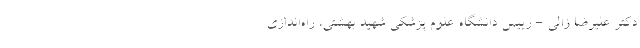
دکتر علیرضا زالی - رییس دانشگاه علوم پزشکی شهید بهشتی، راه‌اندازی